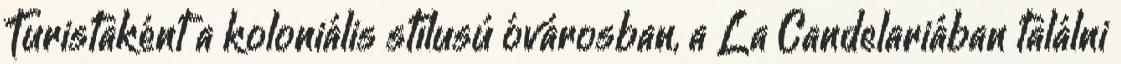
Turistaként a koloniális stílusú óvárosban, a La Candelariában találni